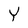
Character: Y